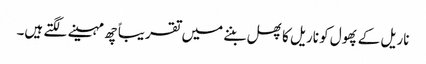
ناریل کے پھول کو ناریل کا پھل بننے میں تقریباً چھ مہینے لگتے ہیں۔